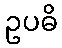
ဥပဓိ